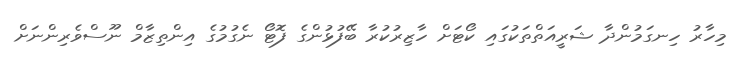
މިހާރު ހިނގަމުންދާ ޝަރީއަތްތަކުގައި ކޯޓަށް ހާޒިރުކުރާ ބޭފުޅުންގެ ފޮޓޯ ނެގުމުގެ އިންތިޒާމް ނޫސްވެރިންނަށް